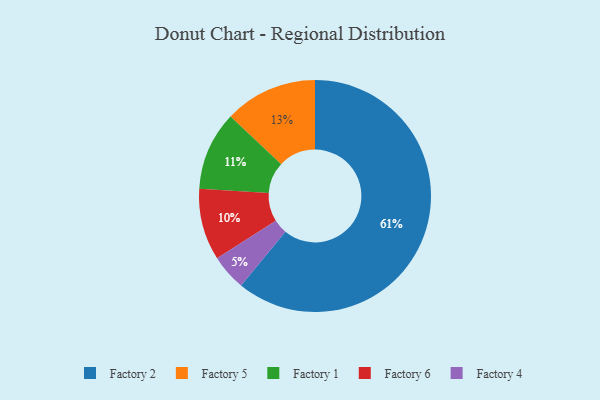
{"axis": {"x": "Category", "y": "Percentage"}, "legend": ["Factory 1", "Factory 2", "Factory 4", "Factory 5", "Factory 6"], "data": [{"x": "Factory 5", "y": 13, "type": "Factory 5"}, {"x": "Factory 1", "y": 11, "type": "Factory 1"}, {"x": "Factory 2", "y": 61, "type": "Factory 2"}, {"x": "Factory 4", "y": 5, "type": "Factory 4"}, {"x": "Factory 6", "y": 10, "type": "Factory 6"}]}